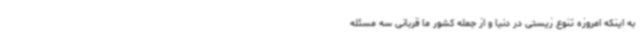
به اینکه امروزه تنوع زیستی در دنیا و از جمله کشور ما قربانی سه مسئله